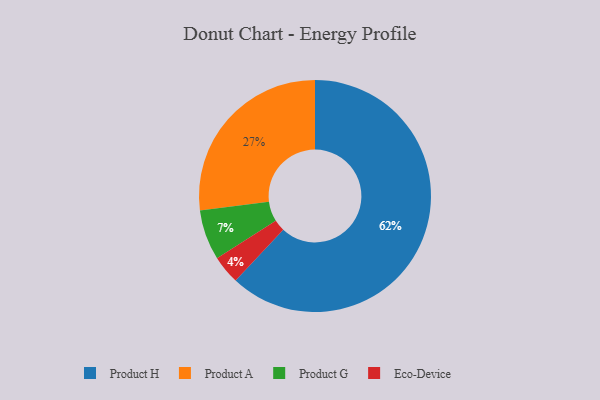
{"axis": {"x": "Category", "y": "Percentage"}, "legend": ["Eco-Device", "Product A", "Product G", "Product H"], "data": [{"x": "Product G", "y": 7, "type": "Product G"}, {"x": "Product H", "y": 62, "type": "Product H"}, {"x": "Product A", "y": 27, "type": "Product A"}, {"x": "Eco-Device", "y": 4, "type": "Eco-Device"}]}